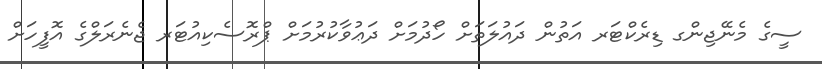
ސީގެ މެނޭޖިންގ ޑިރެކްޓަރ އަތުން ދައުލަތަށް ހޯދުމަށް ދަޢުވާކުރުމަށް ޕްރޮސެކިއުޓަރ ޖެނެރަލްގެ އޮފީހަށް